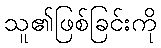
သူ၏ဖြစ်ခြင်းကို